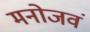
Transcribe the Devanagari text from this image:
मनोजवं